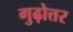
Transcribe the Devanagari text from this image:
गुढ़ोत्तर